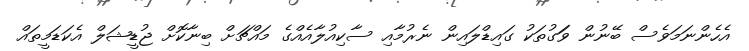
އެހެންނަމަވެސް ބޭނުން ވަަގުތަކު ގައިޑްލައިން ނެރުމާއި ސާކިއުލާއެއްގެ މައްޗަށް ބިނާކޮށް ޖުޑީޝަލް އެކަޑަމީތައް